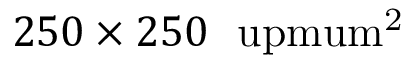
2 5 0 \times 2 5 0 \ \mathrm { \ u p m u m ^ { 2 } }